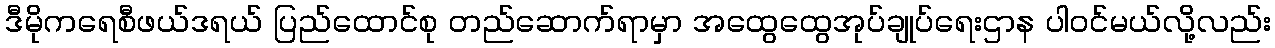
ဒီမိုကရေစီဖယ်ဒရယ် ပြည်ထောင်စု တည်ဆောက်ရာမှာ အထွေထွေအုပ်ချုပ်ရေးဌာန ပါဝင်မယ်လို့လည်း